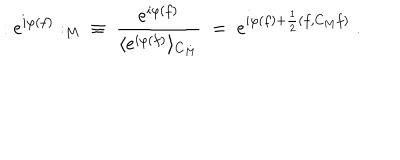
: e ^ { i \varphi ( f ) } : _ { M } \; \; \equiv \; \frac { e ^ { i \varphi ( f ) } } { \langle e ^ { i \varphi ( f ) } \rangle _ { C _ { M } } } \; = \; e ^ { i \varphi ( f ) + \frac { 1 } { 2 } ( f , C _ { M } f ) } \; .